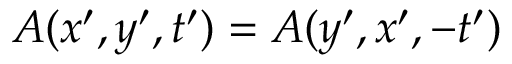
A ( x ^ { \prime } , y ^ { \prime } , t ^ { \prime } ) = A ( y ^ { \prime } , x ^ { \prime } , - t ^ { \prime } )